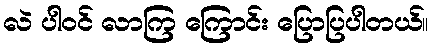
လဲ ပါဝင် လာကြ ကြောင်း ပြောပြပါတယ်။